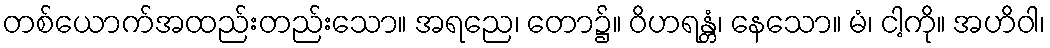
တစ်ယောက်အထည်းတည်းသော။ အရညေ၊ တော၌။ ဝိဟရန္တံ၊ နေသော။ မံ၊ ငါ့ကို။ အဟိဝါ၊